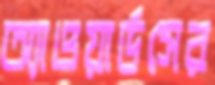
অ্যাওয়ার্ডসের